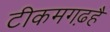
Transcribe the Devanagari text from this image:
टीकमगढ़हैं